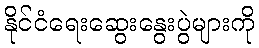
နိုင်ငံရေးဆွေးနွေးပွဲများကို